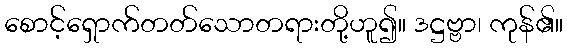
စောင့်ရှောက်တတ်သောတရားတို့ဟူ၍။ ဒဋ္ဌဗ္ဗာ၊ ကုန်၏။